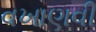
વખાણવી